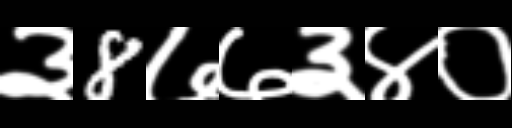
Text: ३8७७३४०